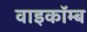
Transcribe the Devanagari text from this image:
वाइकॉम्ब